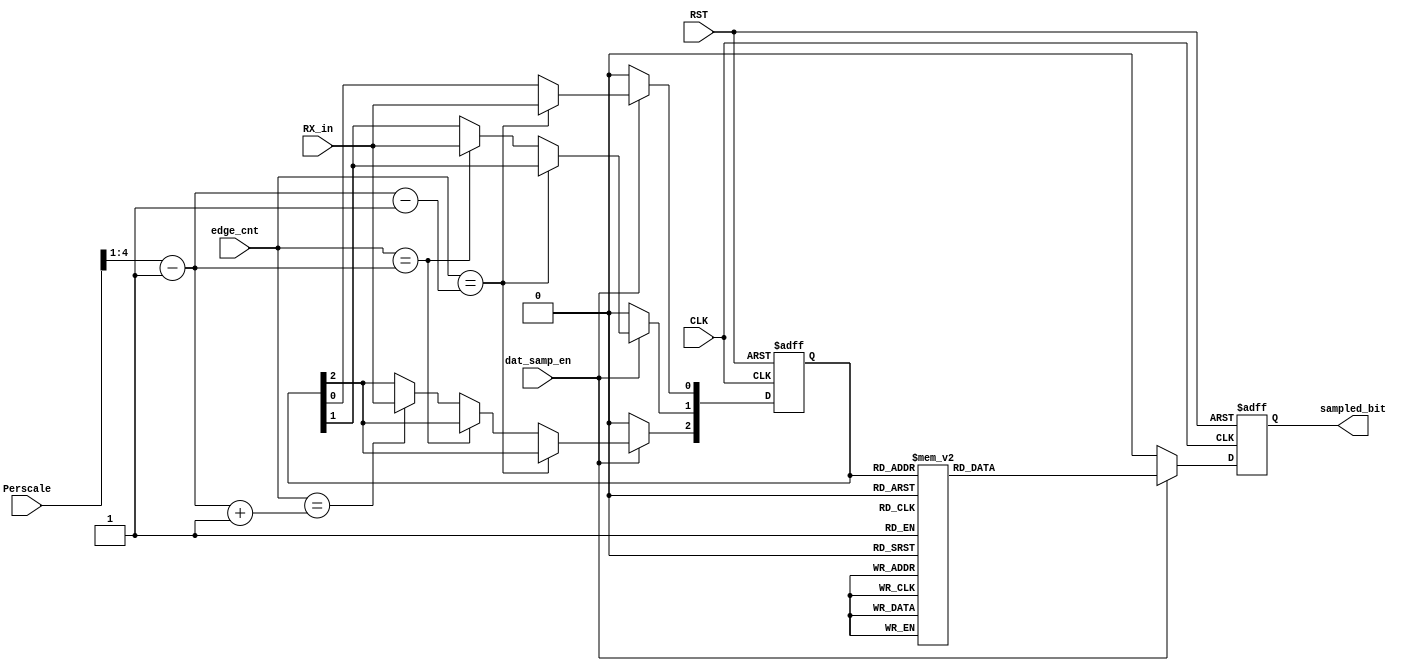
/*
Module: data_sampling.v
Owner : Omar  Salah
-------------------------
Description :
-------------

-------------------------
Mapping     :
-------------
data_sampling oversampling 
(
  .CLK          ()   ,
  .RST          ()   ,
  .RX_in        ()   ,
  .edge_cnt     ()   ,
  .Perscale     ()   ,  
  .dat_samp_en  ()   ,
  .sampled_bit  ()    
);
*/


module  data_sampling 
(
  input   wire            CLK           ,
  input   wire            RST           ,
  input   wire            RX_in         ,
  input   wire    [2:0]   edge_cnt      ,
  input   wire    [4:0]   Perscale      ,  
  input   wire            dat_samp_en   ,
  output  reg             sampled_bit      
);
//internal signal 
  
  reg     [2:0]               sampled_mem   ;
  wire    [3:0]               Middle_clk    ;
  wire    [3:0]               Before_middle ;
  wire    [3:0]               After_middle  ;
  
//assign statment to calculate the perscale and take the sampled in it and its before edge and after edge
  
  assign  Middle_clk    = ( Perscale >>  1 )  - 1'b1  ;
  assign  Before_middle =  Middle_clk         - 1'b1  ;
  assign  After_middle  =  Middle_clk         + 1'b1  ;
  
//always block for sampled _mem to save the 3 values of sampling         
  always  @ (posedge  CLK or  negedge RST )
    begin
      if  ( !RST  )
        begin
          sampled_mem <=  3'b0;
        end   
      else
        begin
          if  ( dat_samp_en )
            begin
              if  ( edge_cnt == Before_middle )
                begin
                  sampled_mem [0] <=  RX_in ; 
                end
              else  if  ( edge_cnt == Middle_clk )
                begin
                  sampled_mem [1] <=  RX_in ; 
                end
              else  if  ( edge_cnt == After_middle )
                begin
                  sampled_mem [2] <=  RX_in ; 
                end
            end
          else
            begin
              sampled_mem <=  3'b0;
            end
        end
    end  

//always block for output sampled from oversampling
  always  @ (posedge  CLK or  negedge RST )
    begin
      if  ( !RST  )
        begin
          sampled_bit <=  1'b0;
        end
      else
        begin
          if  ( dat_samp_en )
            begin
              case(sampled_mem) 
                3'b000  : begin
                          sampled_bit <=  1'b0;
                          end
                3'b001  : begin
                          sampled_bit <=  1'b0;
                          end
                3'b010  : begin
                          sampled_bit <=  1'b0;
                          end
                3'b011  : begin
                          sampled_bit <=  1'b1;
                          end
                3'b100  : begin
                          sampled_bit <=  1'b0;
                          end
                3'b101  : begin
                          sampled_bit <=  1'b1;
                          end
                3'b110  : begin
                          sampled_bit <=  1'b1;
                          end
                3'b111  : begin
                          sampled_bit <=  1'b1;
                          end
              endcase
            end 
          else
            begin
              sampled_bit <=  1'b0  ;
            end         
        end
    end

endmodule